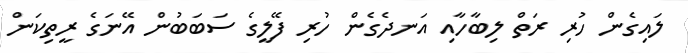
ލައިގެން ހުރި ރަތް ލިބާހާއި އަނދެގެން ހުރި ފޭލީގެ ސަބަބުން އޭނަގެ ރީތިކަން